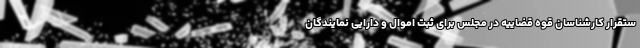
ستقرار کارشناسان قوه قضاییه در مجلس برای ثبت اموال و دارایی نمایندگان